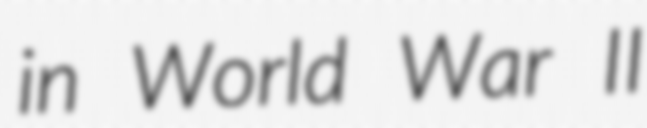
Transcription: in World War II